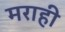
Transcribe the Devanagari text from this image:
मराही